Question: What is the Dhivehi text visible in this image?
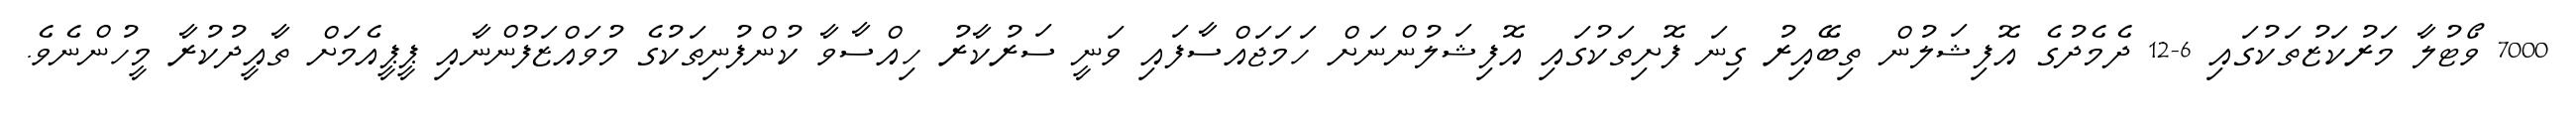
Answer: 7000 ވޯޓުލާ މަރުކަޒުތަކުގައި 6-12 ދެމެދުގެ އޮފިޝަލުން ތިބޭއިރު ގިނަ ފޮށިތަކުގައި އޮފިޝަލުންނަށް ހަމަޖައްސާފައި ވަނީ ސަރުކާރު ހިއްސާވާ ކުންފުނިތަކުގެ މުވައްޒަފުންނާއި ޕީޕީއެމަށް ތާއީދުކުރާ މީހުންނެވެ.